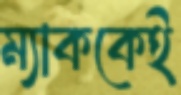
ম্যাককেই